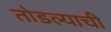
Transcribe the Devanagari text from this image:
तोडल्याची